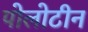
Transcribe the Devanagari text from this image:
पोलोटीन